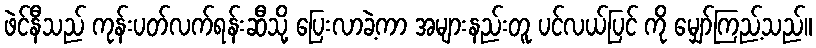
ဖဲင်နီသည် ကုန်းပတ်လက်ရန်းဆီသို့ ပြေးလာခဲ့ကာ အများနည်းတူ ပင်လယ်ပြင် ကို မျှော်ကြည့်သည်။